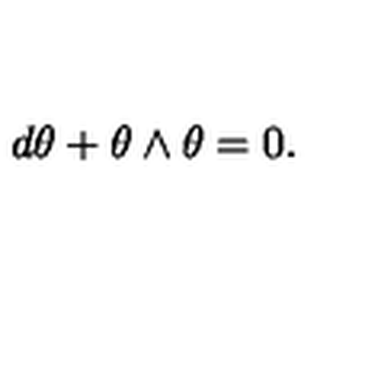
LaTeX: d \theta + \theta \wedge \theta = 0 .